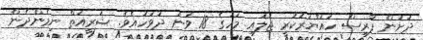
ދަށުން ފާރިސް ހައްޔަރުކުރީ ޖުލައި މަހުގެ 18 ވަނަ ދުވަހުއެވެ. ޝަރީއަތް ނިމެންދެން